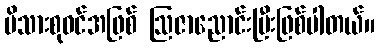
မိသားစုဝင်အဖြစ် ဩဇာညောင်းပြီးဖြစ်ပါတယ်။